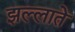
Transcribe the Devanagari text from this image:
झल्लाते